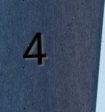
4